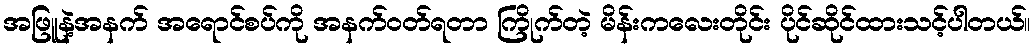
အဖြူနဲ့အနက် အရောင်စပ်ကို အနက်ဝတ်ရတာ ကြိုက်တဲ့ မိန်းကလေးတိုင်း ပိုင်ဆိုင်ထားသင့်ပါတယ်။